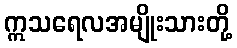
ဣသရေလအမျိုးသားတို့